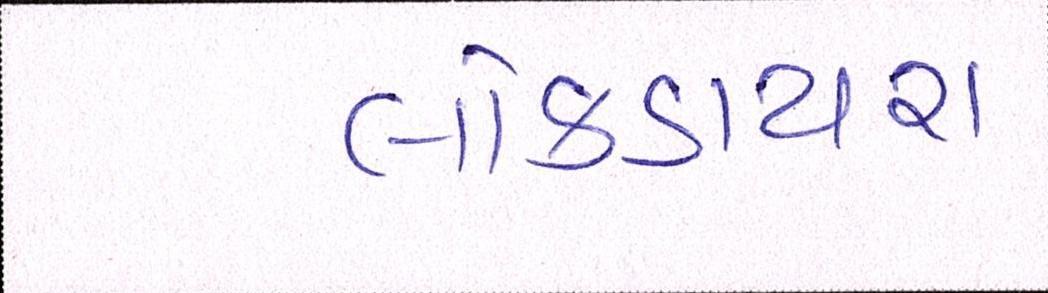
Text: લોકડાયરા